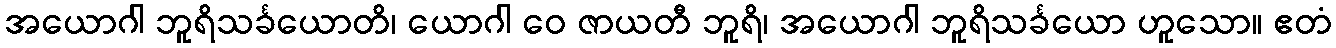
အယောဂါ ဘူရိသင်္ခယောတိ၊ ယောဂါ ဝေ ဇာယတီ ဘူရိ၊ အယောဂါ ဘူရိသင်္ခယော ဟူသော။ ဧတံ